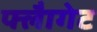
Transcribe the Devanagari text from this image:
फ्लैागेट